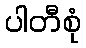
ပါတီစုံ